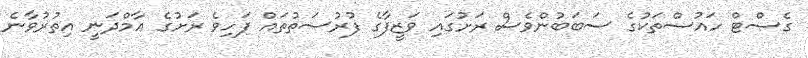
ގެސްޓް ހައުސްތަކުގެ ސަބަބުންވެސް ރަށުގައި ވަޒީފާގެ ފުރުސަތުތައް ފަހިވެ ރަށުގެ ޢާމްދަނީ އިތުރުވާނެ